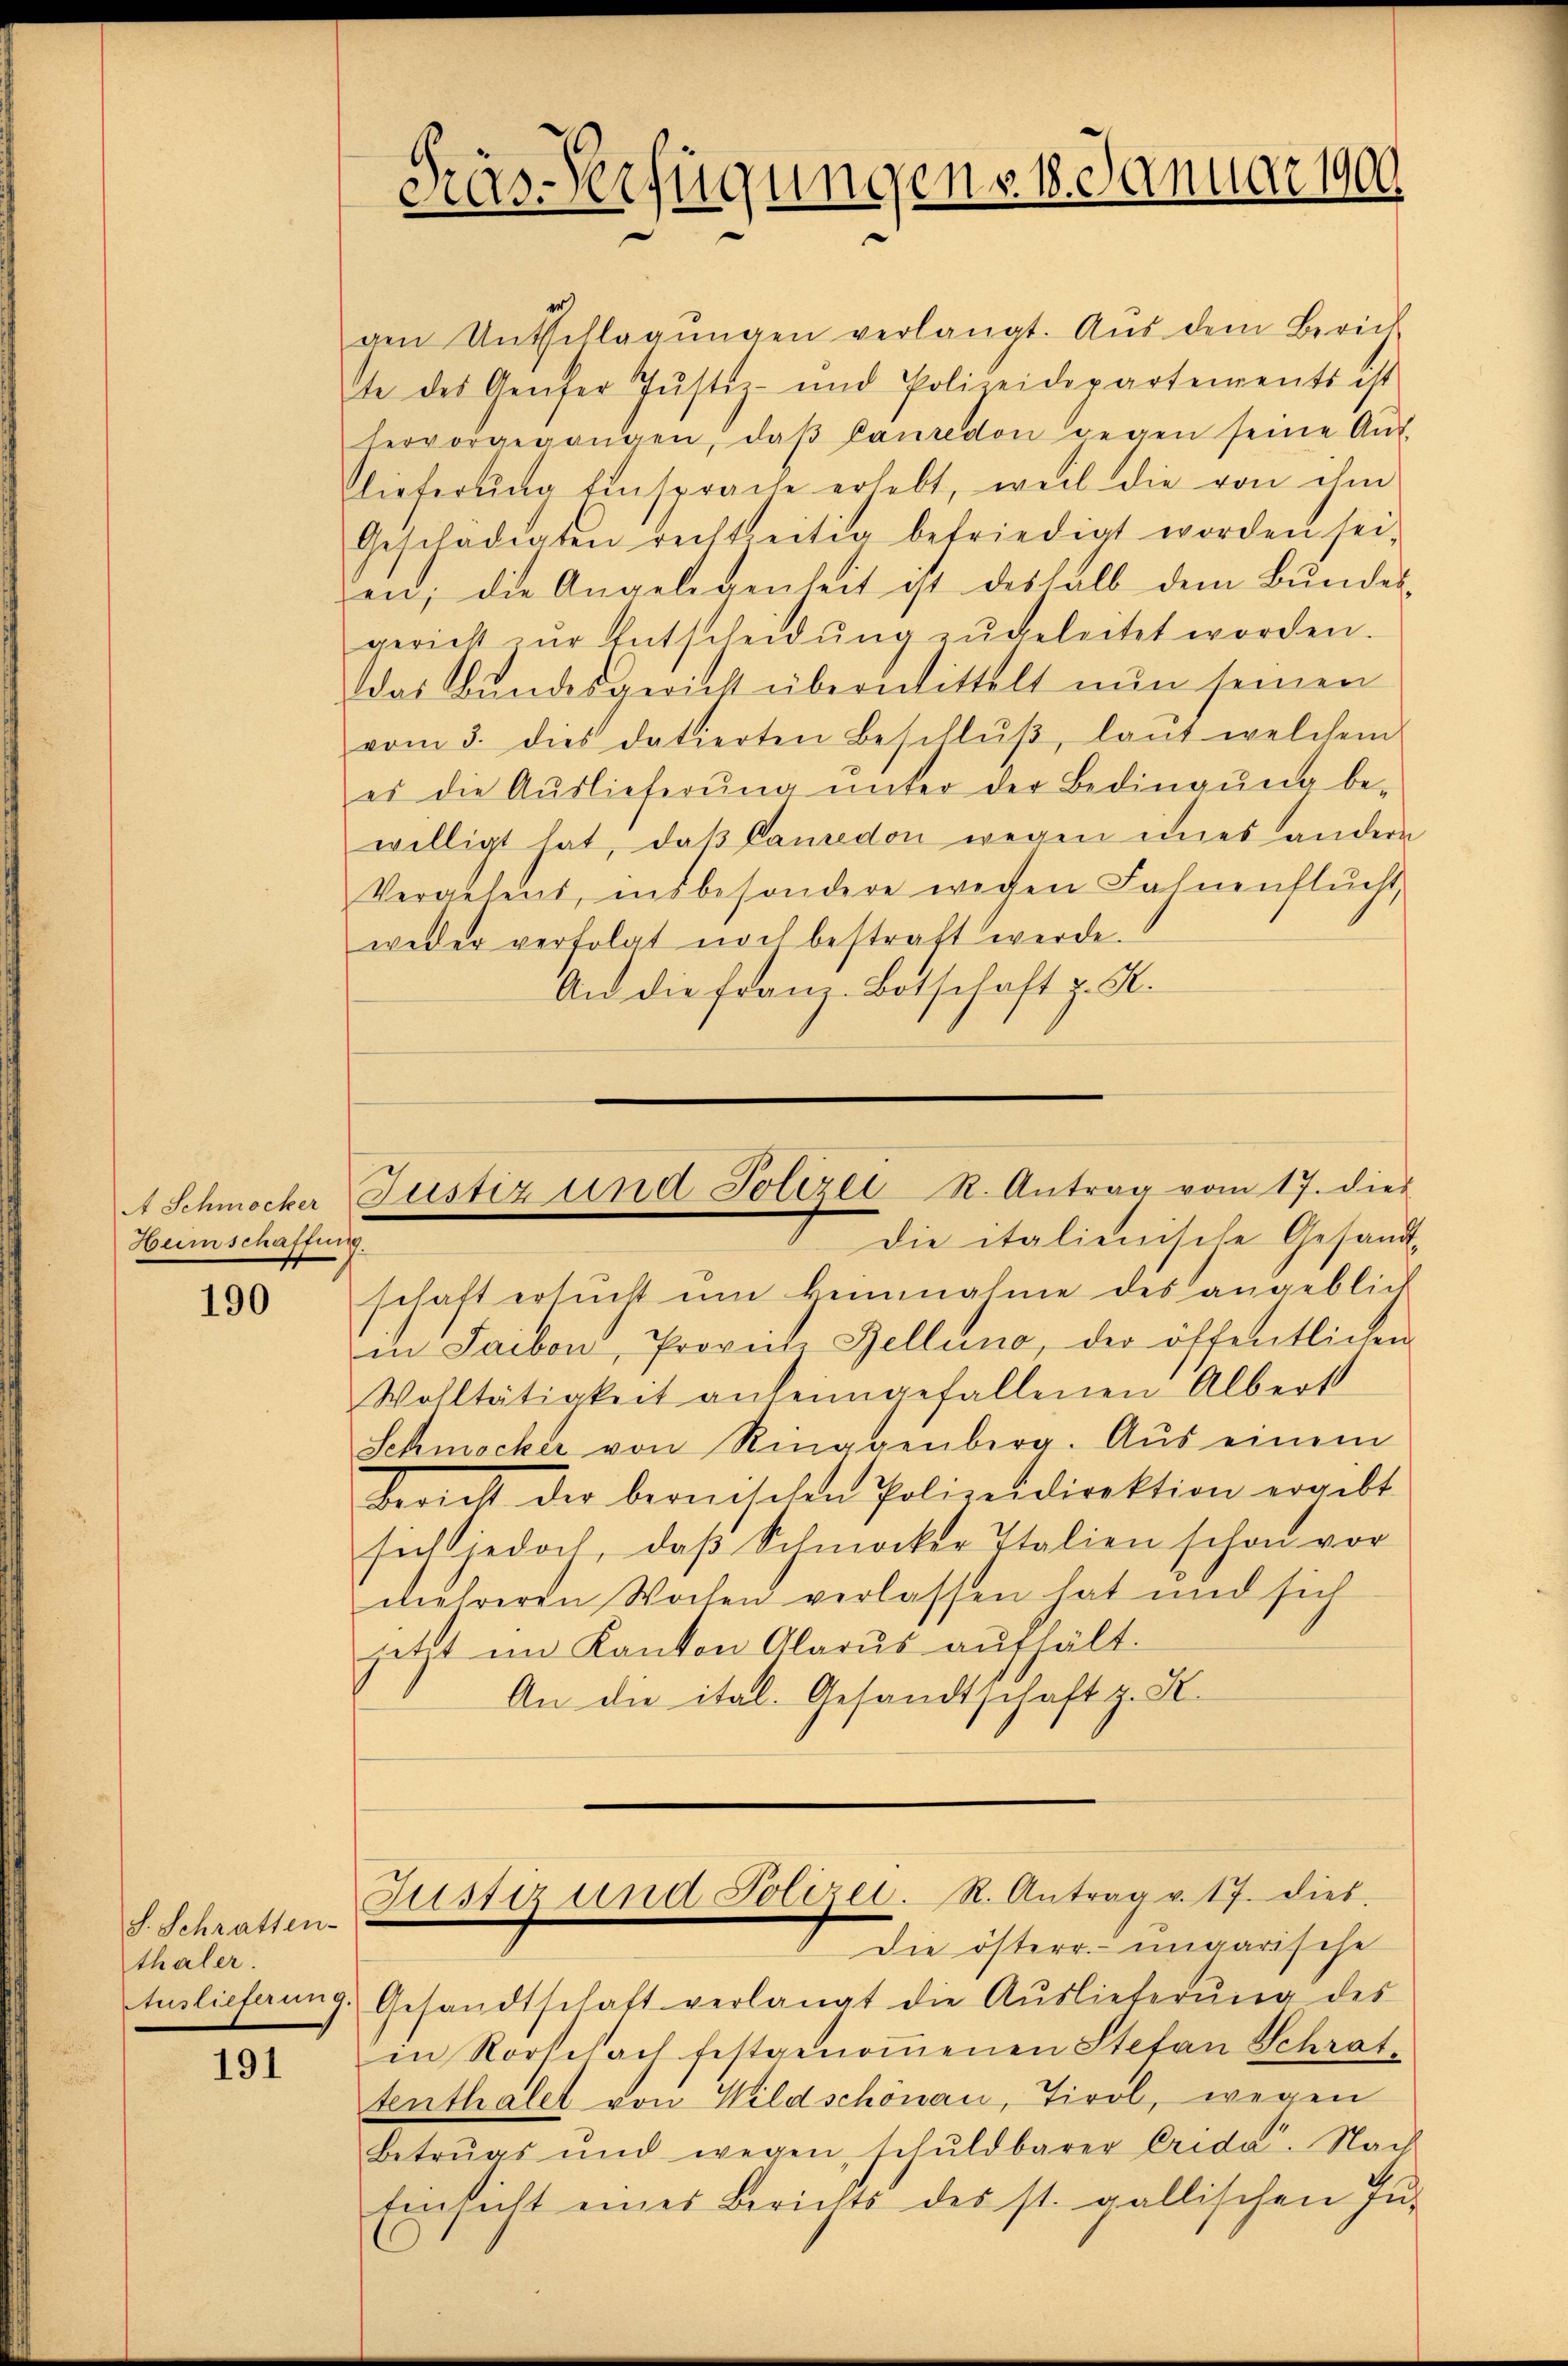
A Schmocker
Heimschaffung

190

S. Schratten-
thaler.
Auslieferung.

191

das Verfügungen v. 18. Januar 1900

gen Untschlagungen verlangt. Aus dem Zürich
te des Genfer Justiz- und Polizeidepartements ist
hervorgegangen, daβ Laŭredon wegen seine Aŭs-
lieferung Einsprache erhebt, weil die von ihm
Geschädigten rechtseitig befriedigt worden sei,
en; die Angelegenheit ist deshalb dem Bŭndes-
gericht zŭr Entscheidŭng zugeleitet worden.
ddas Bundesgericht übermittelt nun seinen
vom 3. dies datierten Beschlŭβ, laut welchem
es die Aŭslieferŭng ŭnter der Bedingŭng be-
willigt hat, daß Camedon wegen eines andern
Vergeheit, insbesondere wegen Fahnenflŭcht,
weder verfolgt noch bestraft werde.
An die Franz-Botschaft z. R.

Die italienische Gesandt-
schaft ersŭch ŭm keinnahme des angeblich
in Saibon, Provich Bellino, der öffentlichen
Wohltätigkeit anheimgefallenen Alberst
Schmecker von Ringgenberg. Aus einem
bericht der bernischen Polizeidirektion ergebt
sich jedoch, daβ Schmocker Italien schon vor
mehreren Wochen verlassen hat und sich
jetzt im Kanton Glarus aufhält.
An die ital. Gesandtschaft z. K.

Justiz und Polizei R. Antrag vom 17. dies

Justiz und Polizei. R. Antrag v. 17. dies
Die österr. ungarische

Gesandtschaft verlangt die Aŭslieferŭng des
in Rorschach festgenommenen Stefan Schrate
tenthalet von Wildschönau, Tirol, wegen
betrugs und wegen, schŭldbarer Crida. Nach
Einsicht eines Berichts des st. gallischen Jŭ-